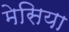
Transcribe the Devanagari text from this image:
मेसिया